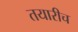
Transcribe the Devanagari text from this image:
तयारीच